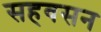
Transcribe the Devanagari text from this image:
सहवसन